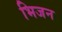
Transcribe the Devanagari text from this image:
भिजन